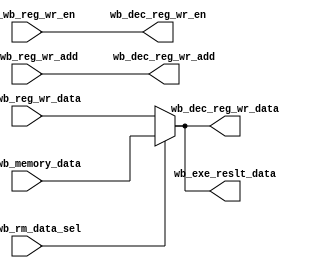
module writeback( wb_dec_reg_wr_data, 
                  wb_exe_reslt_data, 
                  wb_dec_reg_wr_en, 
                  wb_dec_reg_wr_add,
                  mem_wb_memory_data, 
                  mem_wb_reg_wr_data, 
                  mem_wb_reg_wr_en, 
                  mem_wb_rm_data_sel, 
                  mem_wb_reg_wr_add);
                  
output [31:0] wb_dec_reg_wr_data, wb_exe_reslt_data;
output wb_dec_reg_wr_en;
output [4:0] wb_dec_reg_wr_add;

input [31:0] mem_wb_memory_data, mem_wb_reg_wr_data;
input mem_wb_reg_wr_en, mem_wb_rm_data_sel;
input [4:0] mem_wb_reg_wr_add;

assign wb_dec_reg_wr_data = (mem_wb_rm_data_sel)?mem_wb_memory_data:mem_wb_reg_wr_data;
assign wb_exe_reslt_data = wb_dec_reg_wr_data;
assign wb_dec_reg_wr_en = mem_wb_reg_wr_en;
assign wb_dec_reg_wr_add = mem_wb_reg_wr_add;
endmodule